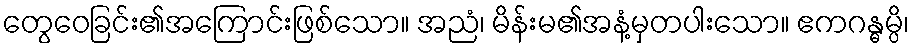
တွေဝေခြင်း၏အကြောင်းဖြစ်သော။ အညံ၊ မိန်းမ၏အနံ့မှတပါးသော။ ဧကဂန္ဓမ္ပိ၊